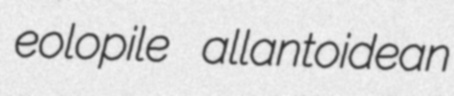
eolopile allantoidean